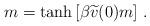
LaTeX: \begin{align*}m=\tanh \left[ \beta\widetilde{v}(0)m\right]\, .\end{align*}